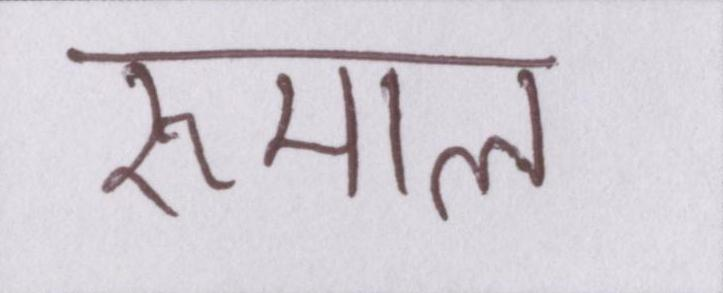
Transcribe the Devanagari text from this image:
रुमाल